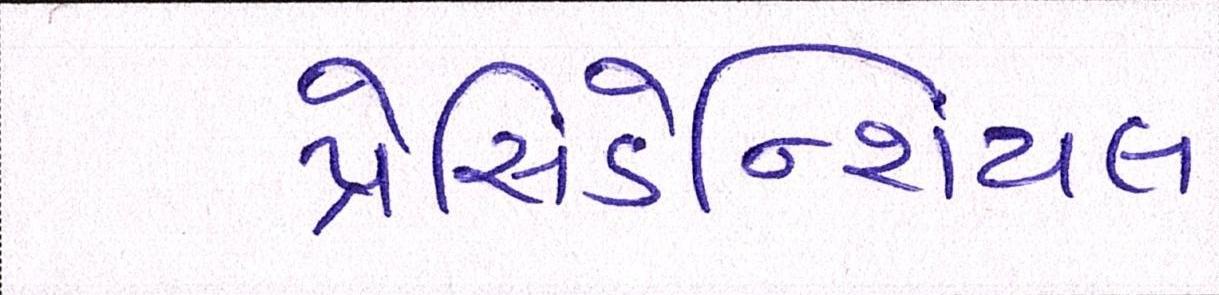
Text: પ્રેસિડેન્શિયલ